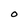
Character: O